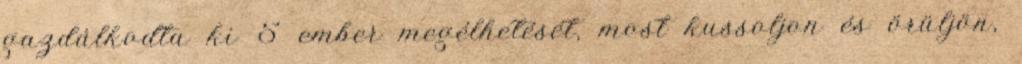
gazdálkodta ki 5 ember megélhetését, most kussoljon és örüljön,